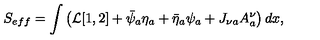
S _ { e f f } = \int \left( { \cal L } [ 1 , 2 ] + \bar { \psi } _ { a } \eta _ { a } + \bar { \eta } _ { a } \psi _ { a } + J _ { \nu a } A _ { a } ^ { \nu } \right) d x ,